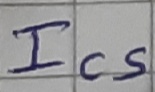
Text: Ics